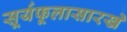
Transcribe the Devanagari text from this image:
सूर्यफूलासारखे